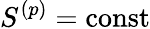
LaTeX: S^{(p)}=\mathrm{{const}}